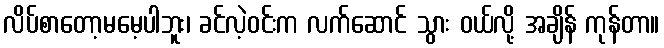
လိပ်စာတော့မမေ့ပါဘူး၊ ခင်လဲ့ဝင်းက လက်ဆောင် သွား ဝယ်လို့ အချိန် ကုန်တာ။